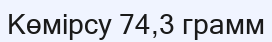
Көмірсу 74,3 грамм